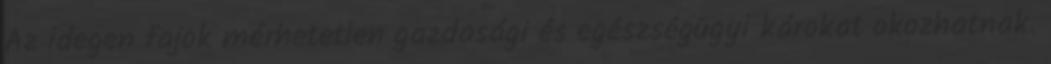
Az idegen fajok mérhetetlen gazdasági és egészségügyi károkat okozhatnak.